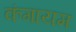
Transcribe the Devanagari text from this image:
कंगायम